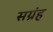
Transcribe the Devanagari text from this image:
सग्रंह